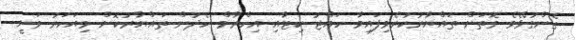
ގެންގުޅޭވެ ގޮތަށް ތައްޔާރުކުރެވިފައިވާ ހައްޖު ކިޓާއި އިހްރާމް ހެދުން ތައްޔާރުކޮށް މިއަހަރު ވަނީ